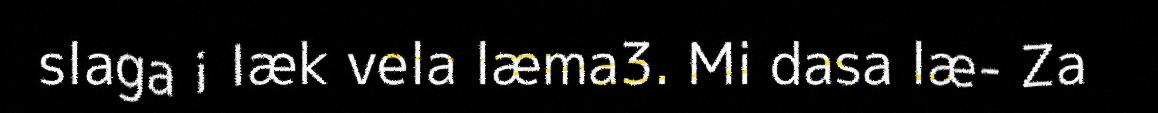
slaga i læk vela læma3. Mi dasa læ- Za